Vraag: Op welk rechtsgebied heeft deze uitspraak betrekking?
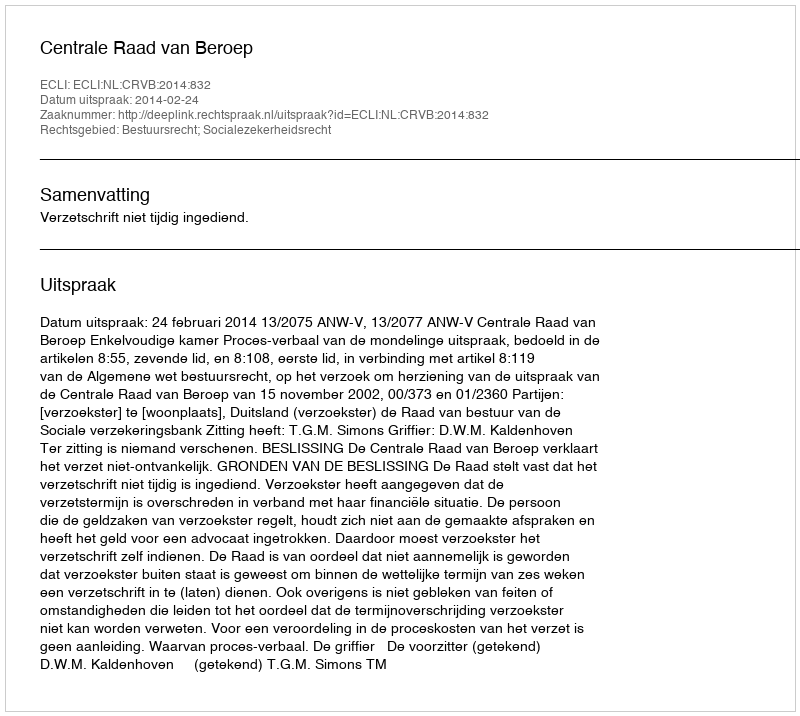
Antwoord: Bestuursrecht; Socialezekerheidsrecht